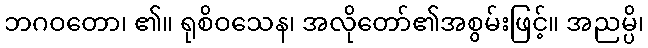
ဘဂဝတော၊ ၏။ ရုစိဝသေန၊ အလိုတော်၏အစွမ်းဖြင့်။ အညမ္ပိ၊